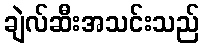
ချဲလ်ဆီးအသင်းသည်